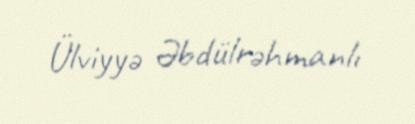
Ülviyyə Əbdülrəhmanlı